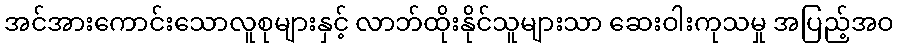
အင်အားကောင်းသောလူစုများနှင့် လာဘ်ထိုးနိုင်သူများသာ ဆေးဝါးကုသမှု အပြည့်အဝ